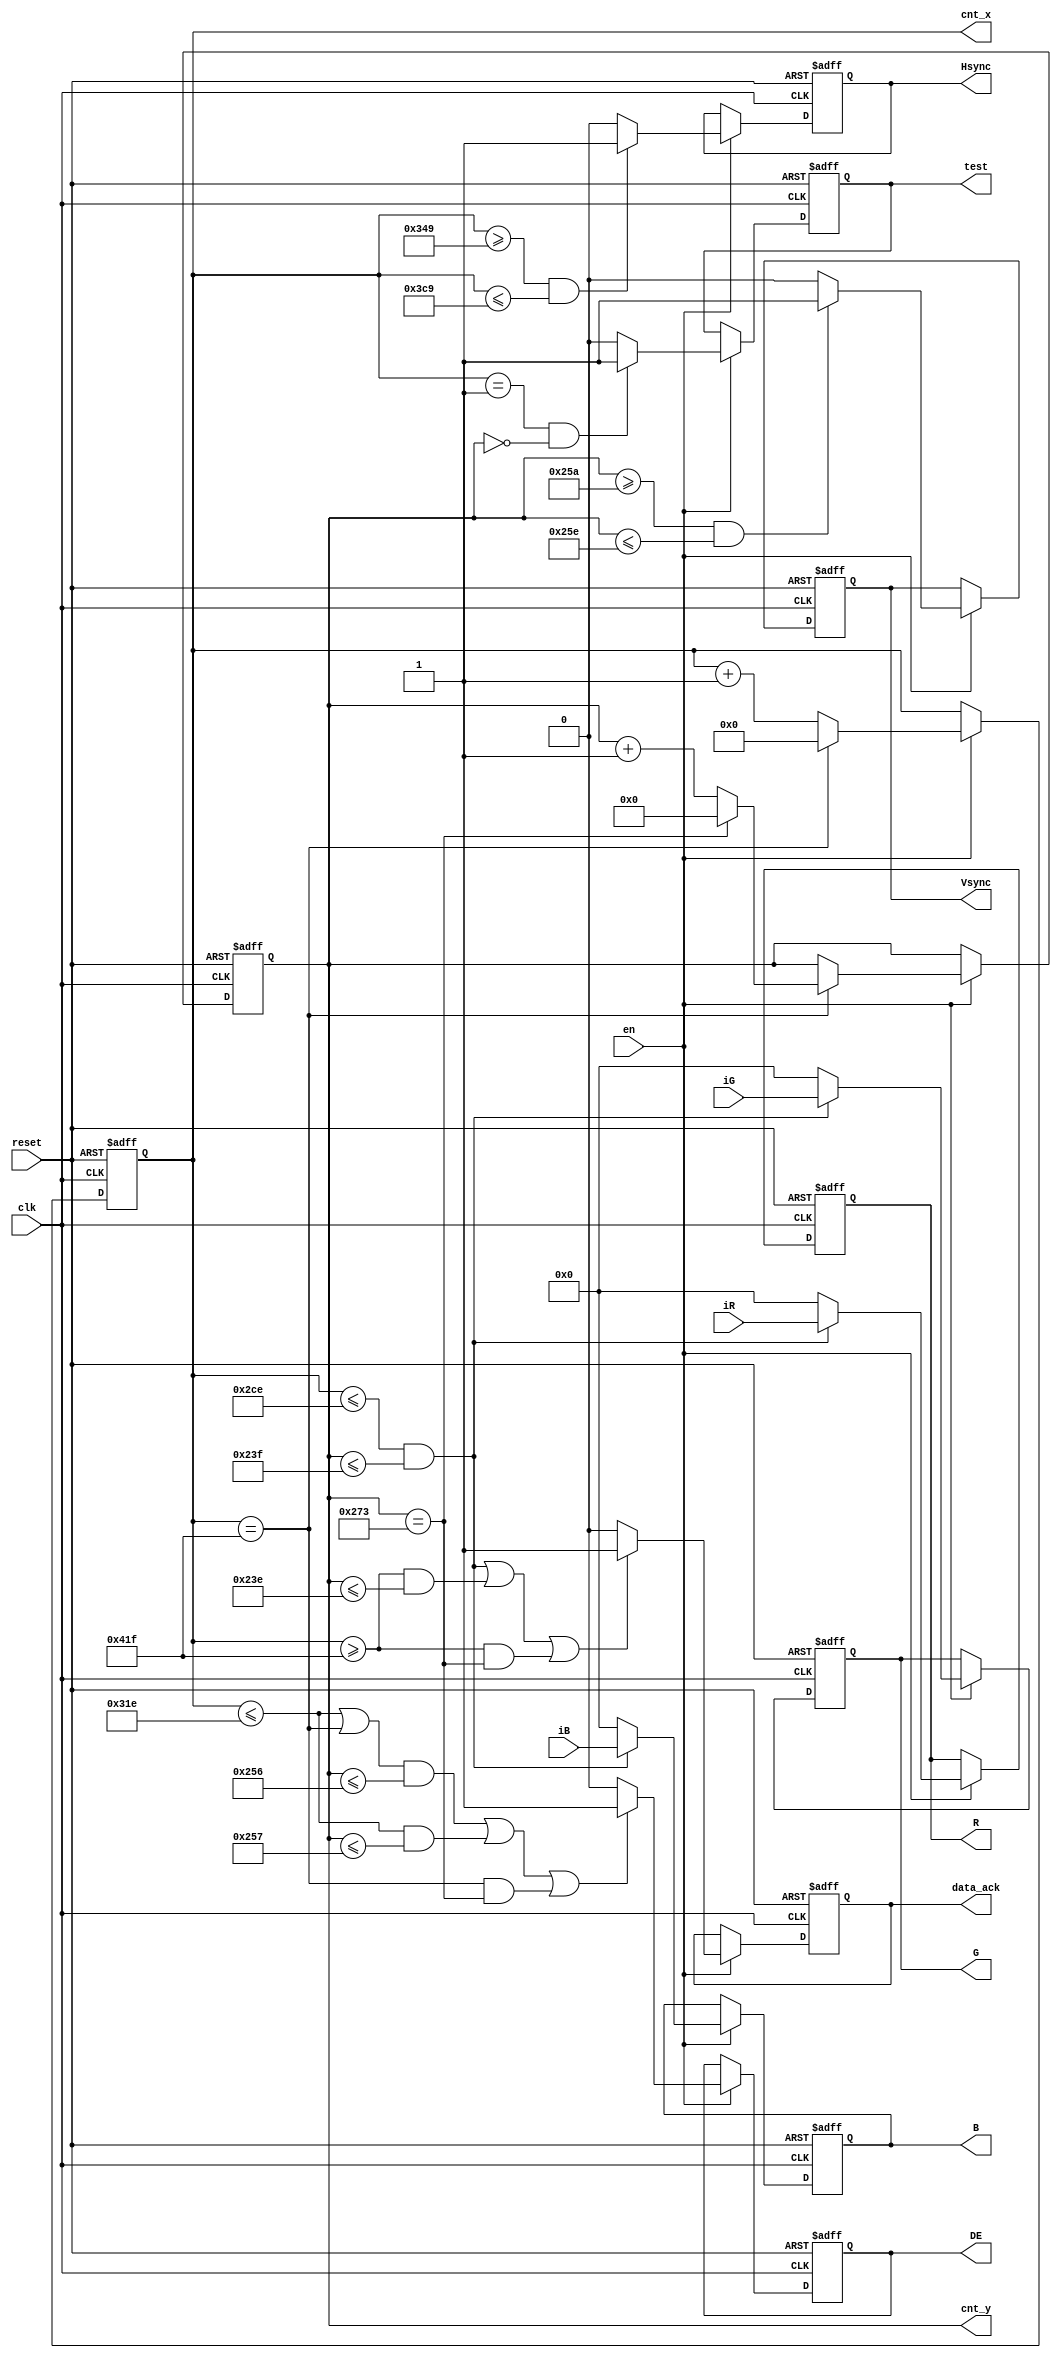
module VGA_SYNC(
	input wire clk,
	input wire reset,		
	input wire [7:0]iR,
	input wire [7:0]iG,	
	input wire [7:0]iB,	
	input wire en,
		
	output reg [10:0]cnt_x,
	output reg [9:0]cnt_y,
	output reg Hsync,
	output reg Vsync,
	output reg DE,
	output reg [7:0]R,
	output reg [7:0]G,	
	output reg [7:0]B,	
	output reg data_ack,
	output reg test
	);
	
always @(posedge clk or posedge reset)

	if(reset) 
	begin	
		cnt_x <= 11'd0;
		cnt_y <= 10'd0;
		Hsync <= 0;
		Vsync <= 0;
		DE <= 0;
		R <= 0;
		G <= 0;
		B <= 0;
		data_ack <= 1;
		test <= 0;
	end 
	else if(en == 1)
	begin
	
		test <= 0;
		if((cnt_x == 1)&&(cnt_y == 0))
		begin
			test <= 1;
		end
	
		// VGA GENERATOR
		cnt_x <= cnt_x + 1'd1;
		
		if(cnt_x == 11'd1055)
		begin
			cnt_x <= 11'd0;				
			cnt_y <= cnt_y + 1'd1;
			
			if(cnt_y == 10'd627)
			begin
				cnt_y <= 10'd0;
			end				
		end
		
		if((cnt_x >= 11'd841)&&(cnt_x <= 11'd969))
			
			Hsync <= 1;
		else
			Hsync <= 0;				
			
		if((cnt_y >= 10'd602)&&(cnt_y <= 10'd606))
			
			Vsync <= 1;
		else
			Vsync <= 0;		

		if( (((cnt_x <= 11'd798)||(cnt_x == 11'd1055) )&&(cnt_y <= 10'd598)) ||
			((cnt_x <= 11'd798)&&(cnt_y <= 10'd599)) ||
			((cnt_x == 11'd1055) &&(cnt_y == 10'd627)) )
			
			DE <= 1;
		else
			DE <= 0;	
		//VGA GENERATOR END


		
		if((cnt_x <= 11'd718)&&(cnt_y <= 10'd575))
		begin			
			R <= iR;
			G <= iG;
			B <= iB;
		end
		else begin
			R <= 0;
			G <= 0;
			B <= 0;
		end

		
		if( ((cnt_x <= 11'd718)&&(cnt_y <= 10'd575)) ||
		 ((cnt_x >= 11'd1055)&&(cnt_y <= 10'd574)) ||
		 ((cnt_x >= 11'd1055)&&(cnt_y == 10'd627)) )			 
		begin	
			data_ack <= 1;
		end
		else begin
			data_ack <= 0;
		end		
			
	end
endmodule